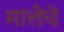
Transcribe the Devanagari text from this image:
मालेचे